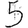
Digit: 5